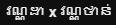
វណ្ណដា x វណ្ណថាន់